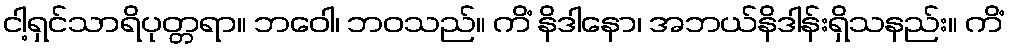
ငါ့ရှင်သာရိပုတ္တရာ။ ဘဝေါ၊ ဘဝသည်။ ကိံ နိဒါနော၊ အဘယ်နိဒါန်းရှိသနည်း။ ကိံ